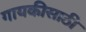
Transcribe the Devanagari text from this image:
गायकीसाठी